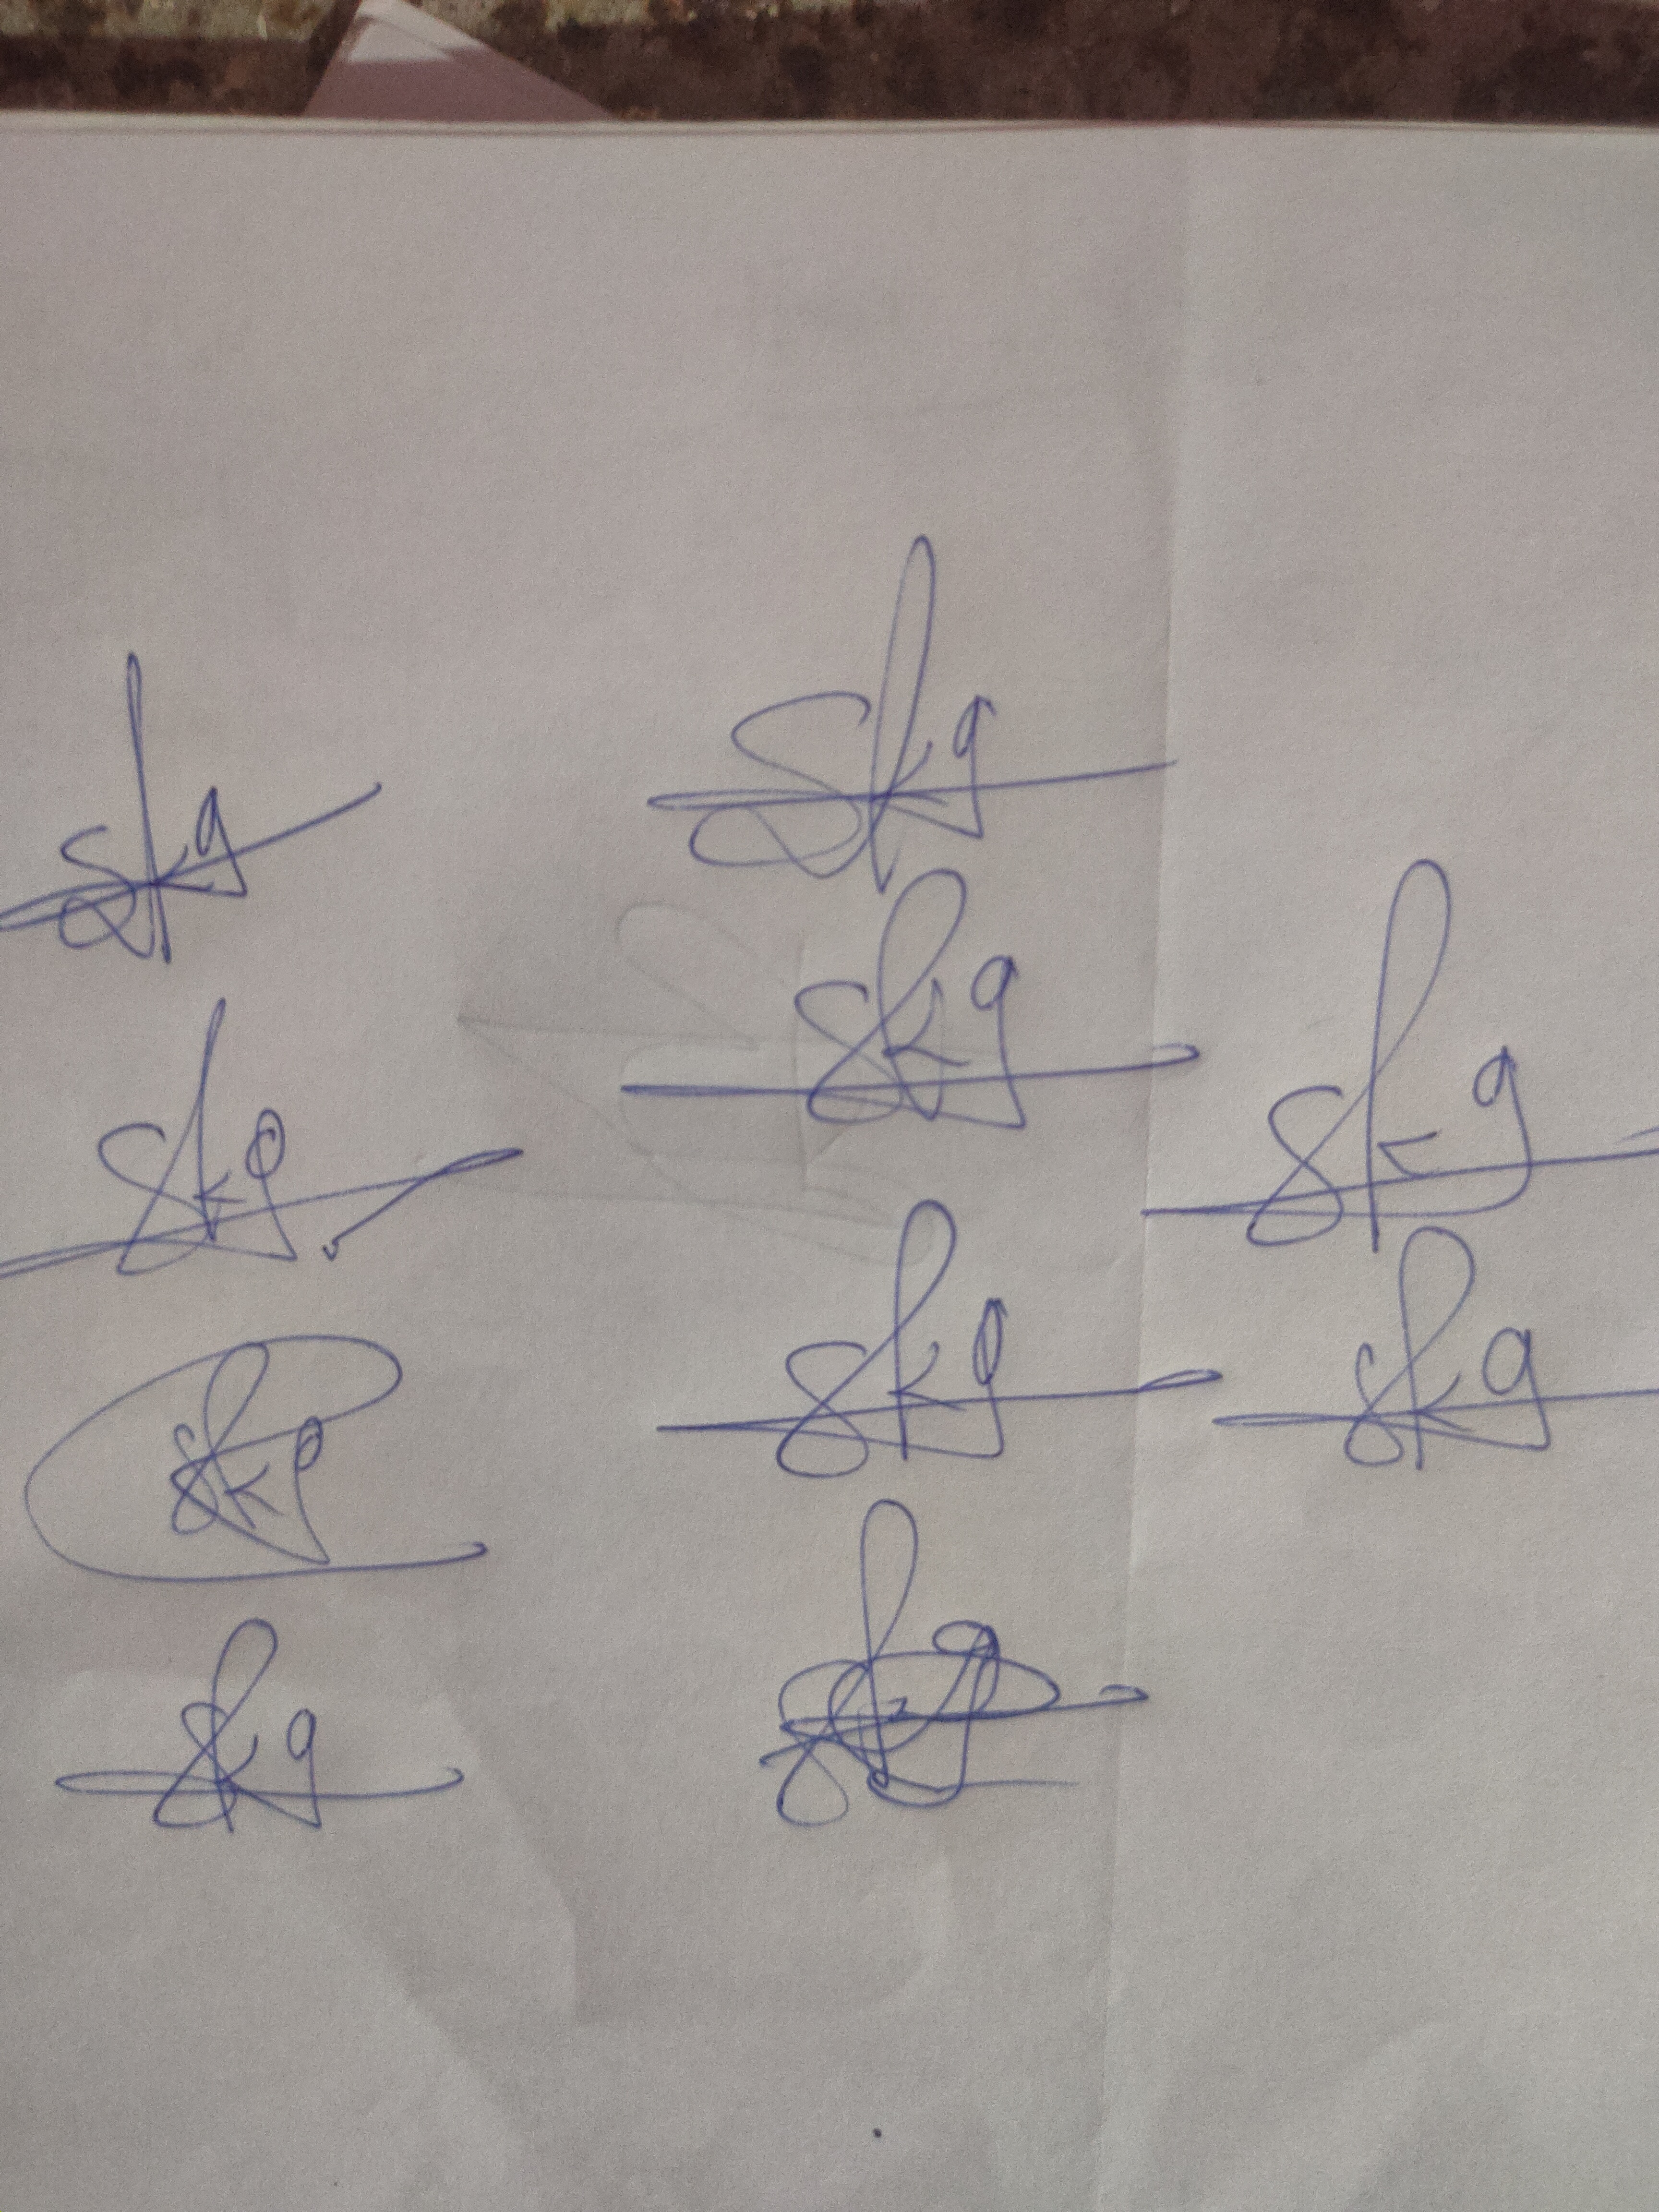
Signature authenticity: genuine